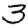
Digit: 3